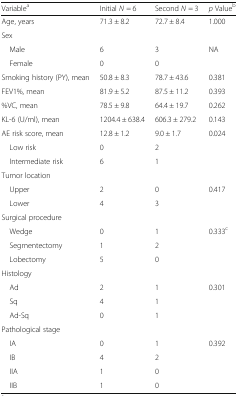
<table><thead><tr><td><b>Variable<sup>a</sup></b></td><td><b>Initial <i>N</i> = 6</b></td><td><b>Second <i>N</i> = 3</b></td><td><b><i>p</i> Value<sup>b</sup></b></td></tr></thead><tbody><tr><td>Age, years</td><td>71.3 ± 8.2</td><td>72.7 ± 8.4</td><td>1.000</td></tr><tr><td colspan="4">Sex</td></tr><tr><td> Male</td><td>6</td><td>3</td><td rowspan="2">NA</td></tr><tr><td> Female</td><td>0</td><td>0</td></tr><tr><td>Smoking history (PY), mean</td><td>50.8 ± 8.3</td><td>78.7 ± 43.6</td><td>0.381</td></tr><tr><td>FEV1%, mean</td><td>81.9 ± 5.2</td><td>87.5 ± 11.2</td><td>0.393</td></tr><tr><td>%VC, mean</td><td>78.5 ± 9.8</td><td>64.4 ± 19.7</td><td>0.262</td></tr><tr><td>KL-6 (U/ml), mean</td><td>1204.4 ± 638.4</td><td>606.3 ± 279.2</td><td>0.143</td></tr><tr><td>AE risk score, mean</td><td>12.8 ± 1.2</td><td>9.0 ± 1.7</td><td>0.024</td></tr><tr><td> Low risk</td><td>0</td><td>2</td><td></td></tr><tr><td> Intermediate risk</td><td>6</td><td>1</td><td></td></tr><tr><td colspan="4">Tumor location</td></tr><tr><td> Upper</td><td>2</td><td>0</td><td rowspan="2">0.417</td></tr><tr><td> Lower</td><td>4</td><td>3</td></tr><tr><td colspan="4">Surgical procedure</td></tr><tr><td> Wedge</td><td>0</td><td>1</td><td rowspan="3">0.333<sup>c</sup></td></tr><tr><td> Segmentectomy</td><td>1</td><td>2</td></tr><tr><td> Lobectomy</td><td>5</td><td>0</td></tr><tr><td colspan="4">Histology</td></tr><tr><td> Ad</td><td>2</td><td>1</td><td rowspan="3">0.301</td></tr><tr><td> Sq</td><td>4</td><td>1</td></tr><tr><td> Ad-Sq</td><td>0</td><td>1</td></tr><tr><td colspan="4">Pathological stage</td></tr><tr><td> IA</td><td>0</td><td>1</td><td rowspan="4">0.392</td></tr><tr><td> IB</td><td>4</td><td>2</td></tr><tr><td> IIA</td><td>1</td><td>0</td></tr><tr><td> IIB</td><td>1</td><td>0</td></tr></tbody></table>